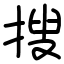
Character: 搜